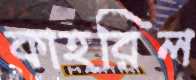
কাহরিল